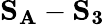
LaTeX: \mathbf{S_{A}}-\mathbf{S_{3}}